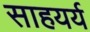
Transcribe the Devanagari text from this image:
साहयर्य